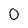
Character: 0